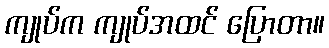
ကျုပ်က ကျုပ်အထင် ပြောတာ။